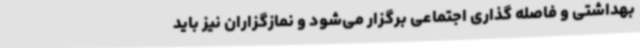
بهداشتی و فاصله گذاری اجتماعی برگزار می‌شود و نمازگزاران نیز باید